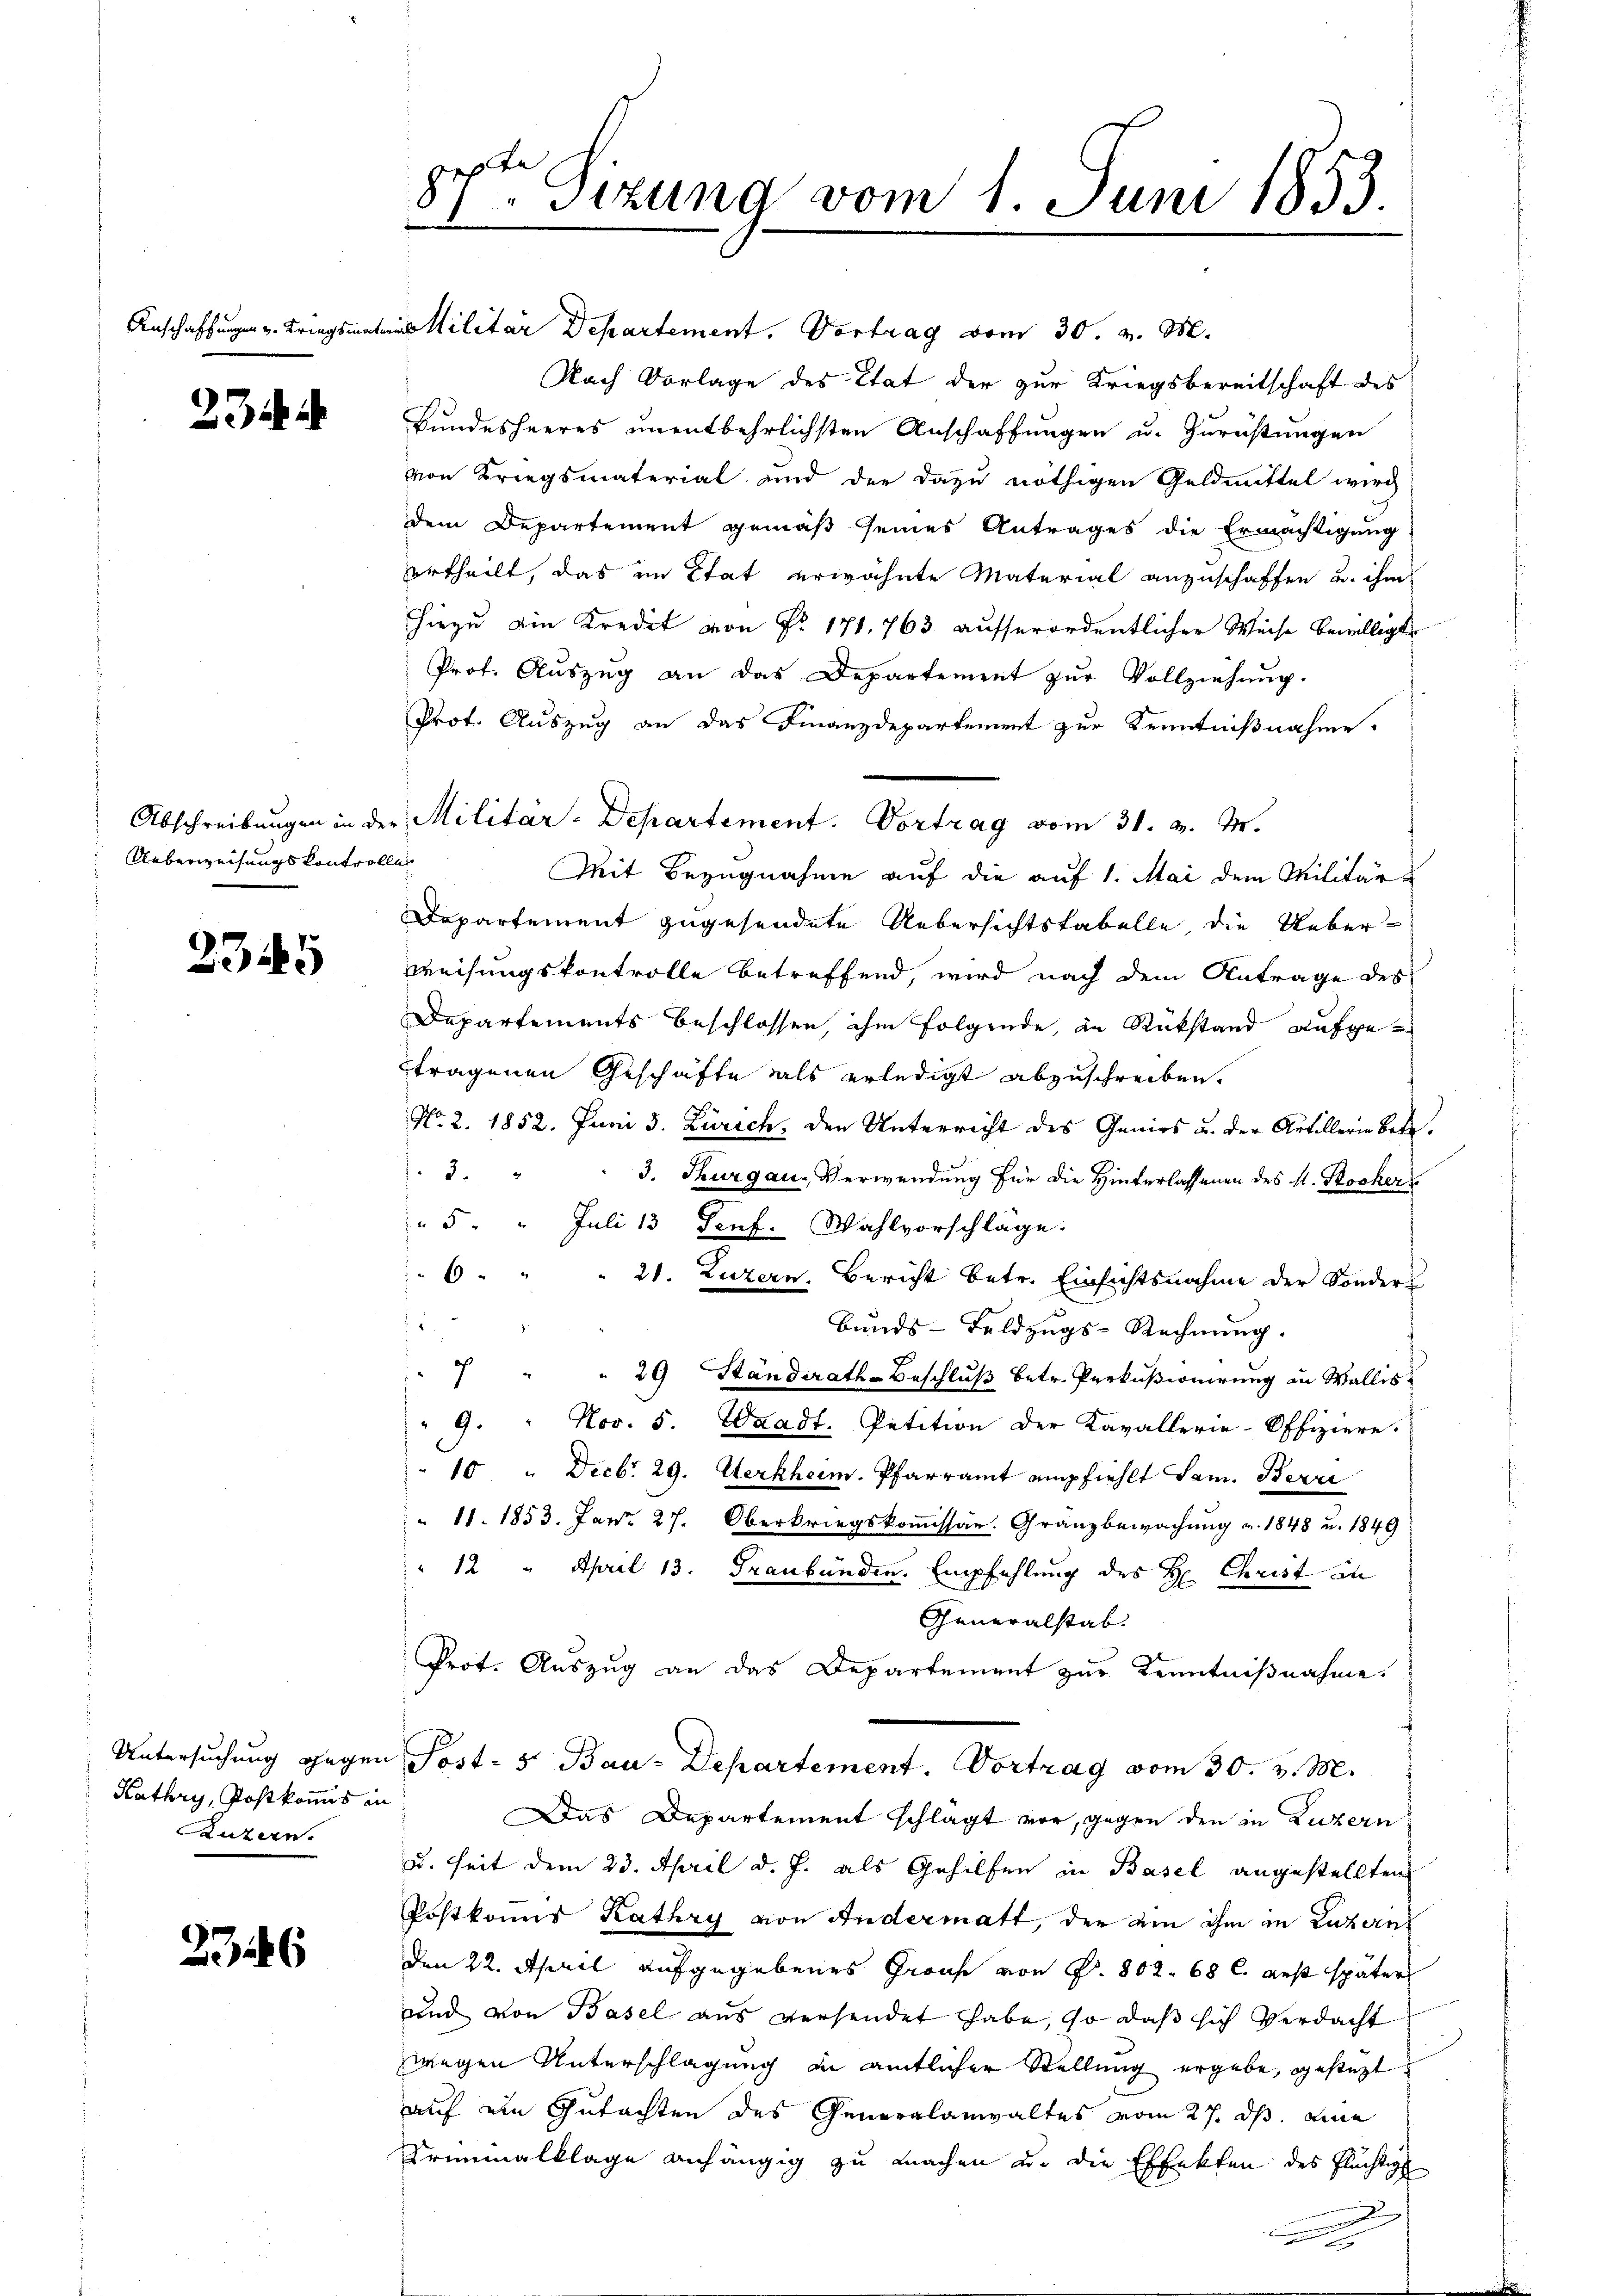
23

Ueberweisungskontrolle

2345

Kathry, Postkommis in
Luzern.

2346

8te Sitzung vom 1. Juni 1853.

Anschaffungen v. Kriegsmates Militar Departement. Vortrag vom 30. v. M.
Nach Vorlage des Etat der zur Kriegsbereitschaft des
Bundesheeres unentbehrlichsten Anschaffungen u. Zurüstungen
von Kriegsmaterial und der dazu nöthigen Geldmittel wird
dem Departement gemäß seines Antrages die Ermächtigung.
urtheilt, das im Stat erwähnte Material anzuschaffen u. ihm
hiezu ain Kredit von Nr. 171. 763 ausserordentlicher Weise bewilligt
Prof. Auszug an das Departement zur Vollziehung.
Prot. Auszug an das Finanzdepartement zur Kenntnißnahme.
Mit Bezugnahme auf die auf 1. Mai dem Militär-
Departement zugesendete Uebersichtstabelle, die Ueberweisungskontrolle betreffend, wird nach dem Antrage des
Departements beschlossen, ihm folgende, in Rückstand aufgetragenen Geschäfte als erledigt abzuschreiben.
No. 2. 1852. Juni 5. Zürich, den Unterricht des Genies u. der Artillerie betr.
2
3. Thurgau. Verwendung für die Hinterlassenen des H. Rockers
5. " Juli 13 Senf. Wahlvorschläge.
6 " "
21. Luzern. Bericht betr. Einsichtsnahme der Sonder
Bundes-Feldzugs-Rechnung.
7
" 29 Ständerath Beschluß betr. Perkußionirung in Wallis
9. " Nov. 5. Waadt. Petition der Kavallerie-Offiziere.
10 " Decb. 29. Aerkher. Pfarramt empfiehlt Lam. Berri
 11. 1853. Jan. 27. Oberkriegskomissar. Gränzbewachung v. 1848 u. 1849
" 12 " April 13. Graubünden. Empfehlung des H. Christ in
Generalstab.
Prot. Auszug an das Departement zur Kenntnißnahme.
Untersuchung gegen Post- 5. Bau-Departement. Vortrag vom 30. v. M.
Das Departement schlägt vor, gegen den in Luzern
u. seit dem 23. April d. J. als Gehilfen in Basel angestellten
Postkanns Kathry von Andermatt, der ein ihm in Luzern
Den 22. April aufgegebenes Graf von P. 802. 68 l. erst später
und von Basel aus versendet habe, so daß sich Verdacht
wegen Unterschlagung in amtlicher Stellung ergebe, gesteht
auf an Gutachten des Generalanwaltes vom 27. ds. eine
Krummalklage anhängig zu machen u. die Effekten des Flüchtig
.

Abschreibungen in der Militär-Departement. Vortrag vom 31. v. M.